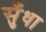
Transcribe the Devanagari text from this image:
सुँधा